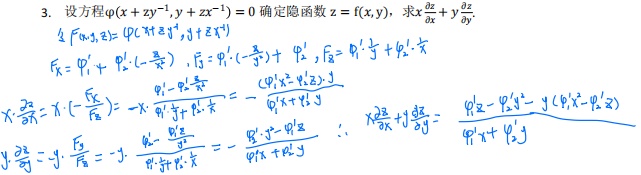
设方程\(\varphi(x + zy^{-1},y + zx^{-1}) = 0\)确定隐函数\(z = f(x,y)\)，求\(x\frac{\partial z}{\partial x}+y\frac{\partial z}{\partial y}\)。

令\(F(x,y,z)=\varphi(x + zy^{-1},y + zx^{-1})\)

\(F_x=\varphi_1'+\varphi_2'\cdot(-\frac{z}{x^{2}})\)，\(F_y=\varphi_1'\cdot(-\frac{z}{y^{2}})+\varphi_2'\)，\(F_z=\varphi_1'\cdot\frac{1}{y}+\varphi_2'\cdot\frac{1}{x}\)

\(x\frac{\partial z}{\partial x}=x\cdot(-\frac{F_x}{F_z})=-x\cdot\frac{\varphi_1'-\frac{\varphi_2'z}{x^{2}}}{\varphi_1'\frac{1}{y}+\varphi_2'\frac{1}{x}}=-\frac{(\varphi_1'x^{2}-\varphi_2'z)y}{\varphi_1'x+\varphi_2'y}\)

\(y\frac{\partial z}{\partial y}=y\cdot(-\frac{F_y}{F_z})=-y\cdot\frac{-\frac{\varphi_1'z}{y^{2}}+\varphi_2'}{\varphi_1'\frac{1}{y}+\varphi_2'\frac{1}{x}}=-\frac{(-\varphi_1'z + \varphi_2'y^{2})x}{\varphi_1'x+\varphi_2'y}\)

\(\therefore x\frac{\partial z}{\partial x}+y\frac{\partial z}{\partial y}=-\frac{\varphi_1'z - \varphi_2'y^{2}-y(\varphi_1'x^{2}-\varphi_2'z)}{\varphi_1'x+\varphi_2'y}\)